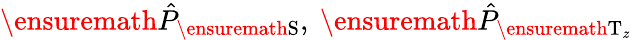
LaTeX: \ensuremath{\hat{P}}_{\ensuremath{\mathrm{S}}},\ \ensuremath{\hat{P}}_{\ensuremath{\mathrm{T}}_{z}}